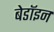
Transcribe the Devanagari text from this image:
बेडॉइन